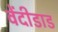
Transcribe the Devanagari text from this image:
वेंदीडाड